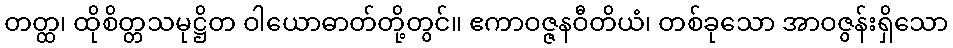
တတ္ထ၊ ထိုစိတ္တသမုဋ္ဌိတ ဝါယောဓာတ်တို့တွင်။ ဧကာဝဇ္ဇနဝီတိယံ၊ တစ်ခုသော အာဝဇွန်းရှိသော